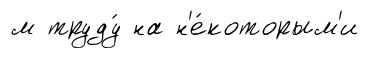
м труду́ на н'е́которым'и